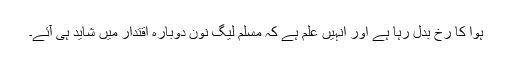
ہوا کا رُخ بدل رہا ہے اور انہیں علم ہے کہ مسلم لیگ نون دوبارہ اقتدار میں شاید ہی آئے۔